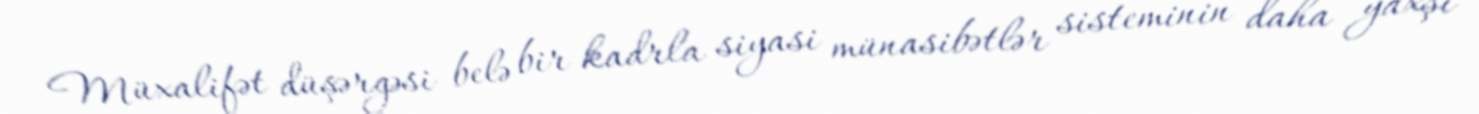
Müxalifət düşərgəsi belə bir kadrla siyasi münasibətlər sisteminin daha yaxşı